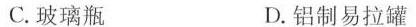
C.玻璃瓶 D.铝制易拉罐